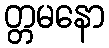
တ္တမနော